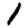
Digit: 1